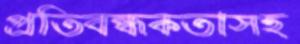
প্রতিবন্ধকতাসহ